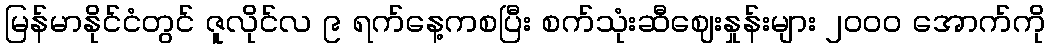
မြန်မာနိုင်ငံတွင် ဇူလိုင်လ ၉ ရက်နေ့ကစပြီး စက်သုံးဆီဈေးနှုန်းများ ၂၀၀၀ အောက်ကို